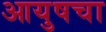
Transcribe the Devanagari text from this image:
आयुषचा